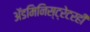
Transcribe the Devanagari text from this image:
अॅडमिनिस्ट्रेटरही